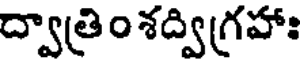
ద్వాత్రిం శద్విగ్రహాః